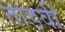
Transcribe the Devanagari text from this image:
ताडवी